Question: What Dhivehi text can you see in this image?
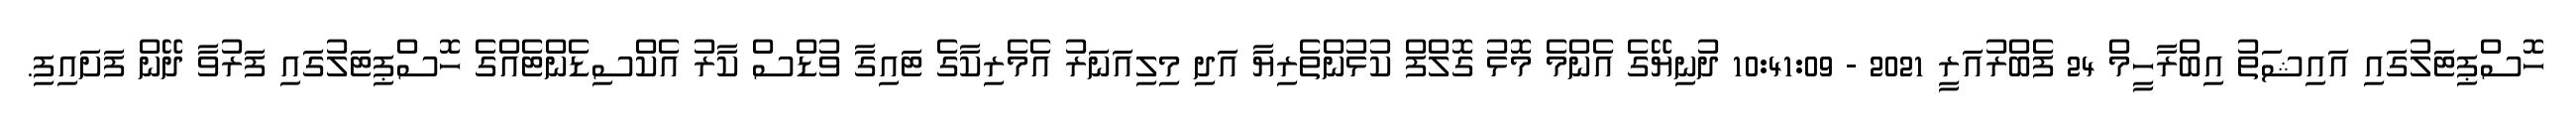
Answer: ހޮސްޕިޓަލުގައި އައިޝަތު އިބްރާހީމް 24 ފެބްރުއަރީ 2021 - 10:41:09 ދުނިޔޭގެ އެންމެ މޮޅު ގޮލްފް ކުޅުންތެރިޔާ އަދި މިލިއަނަރު އެމެރިކާގެ ޓައިގާ ވުޑްސް ކާރު އެކްސިޑެންޓެއްގެ ހޮސްޕިޓަލުގައި ފަރުވާ ދޭން ފަށައިފި.